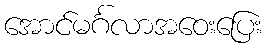
အောင်မင်္ဂလာအဝေးပြေး